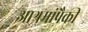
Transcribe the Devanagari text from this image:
आश्रमांपैकी